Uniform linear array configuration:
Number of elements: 48
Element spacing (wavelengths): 0.25
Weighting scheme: hann
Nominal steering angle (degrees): -15
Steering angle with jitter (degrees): -16.019
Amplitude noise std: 0.05
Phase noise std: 0.05

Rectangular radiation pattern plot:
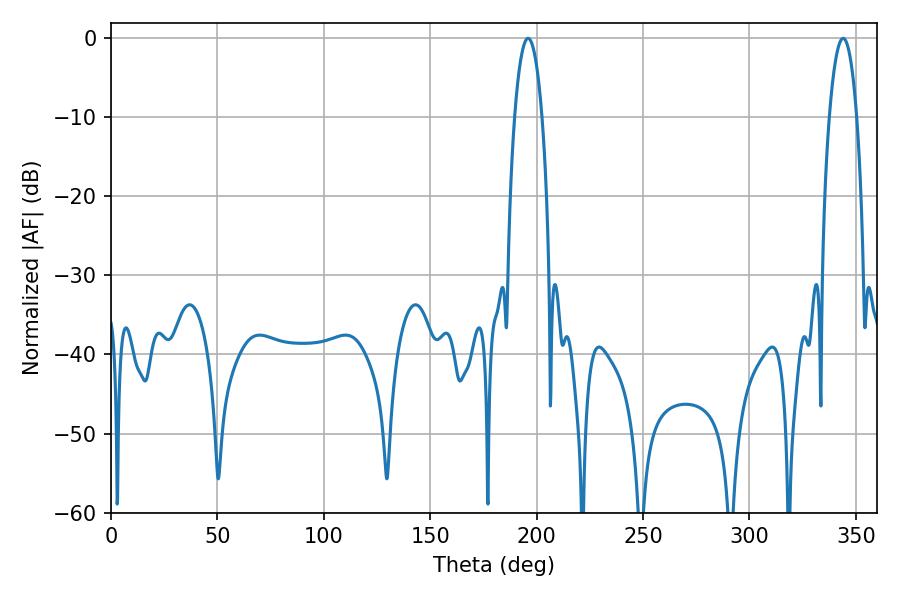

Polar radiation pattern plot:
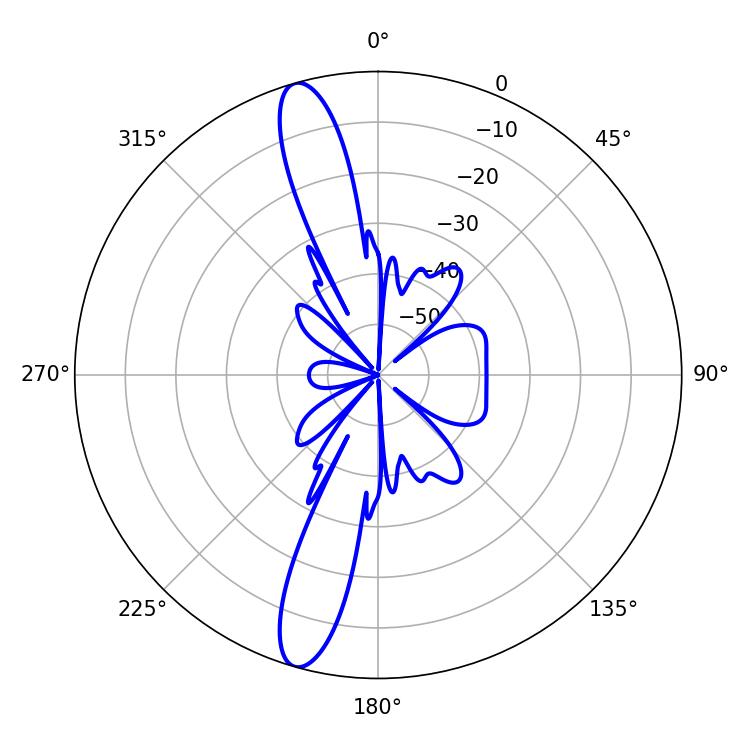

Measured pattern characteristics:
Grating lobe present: FALSE
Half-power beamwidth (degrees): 7.2
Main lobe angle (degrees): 196.02